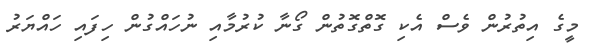
މީގެ އިތުރުން ވެސް އެކި ގޮތްގޮތުން ގޯނާ ކުރުމާއި ނުހައްގުން ހިފައި ހައްޔަރު